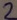
Text: 2